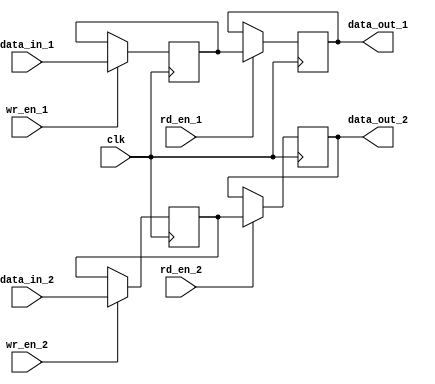
module dual_port_register (
  input wire clk,
  
  // Register 1
  input wire [7:0] data_in_1,
  input wire wr_en_1,
  output reg [7:0] data_out_1,
  input wire rd_en_1,
  
  // Register 2
  input wire [7:0] data_in_2,
  input wire wr_en_2,
  output reg [7:0] data_out_2,
  input wire rd_en_2
);

reg [7:0] reg_data_1;
reg [7:0] reg_data_2;

always @(posedge clk) begin
  if (wr_en_1)
    reg_data_1 <= data_in_1;
  if (wr_en_2)
    reg_data_2 <= data_in_2;
  
  if (rd_en_1)
    data_out_1 <= reg_data_1;
  if (rd_en_2)
    data_out_2 <= reg_data_2;
end

endmodule